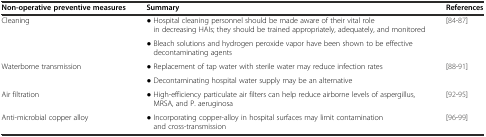
<table><thead><tr><td><b>Non-operative preventive measures</b></td><td><b>Summary</b></td><td><b>References</b></td></tr></thead><tbody><tr><td rowspan="2">Cleaning</td><td>• Hospital cleaning personnel should be made aware of their vital role in decreasing HAIs; they should be trained appropriately, adequately, and monitored</td><td rowspan="2">[84]-[87]</td></tr><tr><td>• Bleach solutions and hydrogen peroxide vapor have been shown to be effective decontaminating agents</td></tr><tr><td rowspan="2">Waterborne transmission</td><td>• Replacement of tap water with sterile water may reduce infection rates</td><td rowspan="2">[88]-[91]</td></tr><tr><td>• Decontaminating hospital water supply may be an alternative</td></tr><tr><td>Air filtration</td><td>• High-efficiency particulate air filters can help reduce airborne levels of aspergillus, MRSA, and P. aeruginosa</td><td>[92]-[95]</td></tr><tr><td>Anti-microbial copper alloy</td><td>• Incorporating copper-alloy in hospital surfaces may limit contamination and cross-transmission</td><td>[96]-[99]</td></tr></tbody></table>